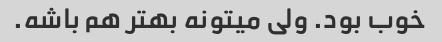
خوب بود. ولی میتونه بهتر هم باشه.